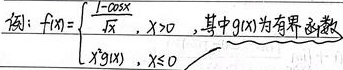
例：\(f(x)=\begin{cases}\frac{1 - \cos x}{x},&x > 0\\x^3g(x),&x \leq 0\end{cases}\)，其中\(g(x)\)为有界函数。